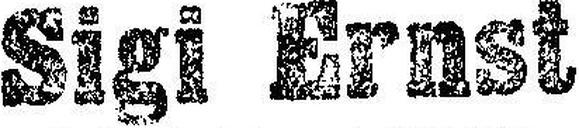
Sigi Ernst